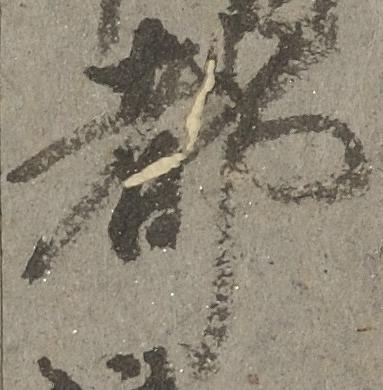
都